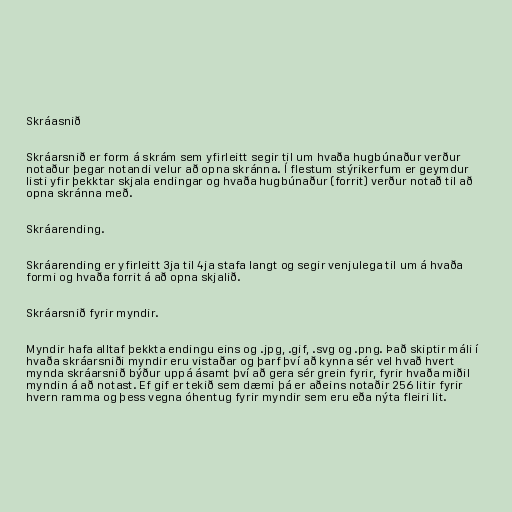
Skráasnið

Skráarsnið er form á skrám sem yfirleitt segir til um hvaða hugbúnaður verður
notaður þegar notandi velur að opna skránna. Í flestum stýrikerfum er geymdur
listi yfir þekktar skjala endingar og hvaða hugbúnaður (forrit) verður notað til að
opna skránna með.

Skráarending.

Skráarending er yfirleitt 3ja til 4ja stafa langt og segir venjulega til um á hvaða
formi og hvaða forrit á að opna skjalið.

Skráarsnið fyrir myndir.

Myndir hafa alltaf þekkta endingu eins og .jpg, .gif, .svg og .png. Það skiptir máli í
hvaða skráarsniði myndir eru vistaðar og þarf því að kynna sér vel hvað hvert
mynda skráarsnið býður uppá ásamt því að gera sér grein fyrir, fyrir hvaða miðil
myndin á að notast. Ef gif er tekið sem dæmi þá er aðeins notaðir 256 litir fyrir
hvern ramma og þess vegna óhentug fyrir myndir sem eru eða nýta fleiri lit.